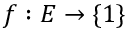
f : E \rightarrow \{ 1 \}